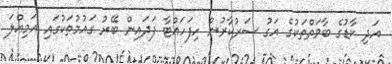
އަދި ކާޑުގެ ބާވަތްތަކުގެ އަގު ސަރުކާރުން ހިފަހައްޓާ ފަދައިން ބޭރު ގައުމުތަކުގައި އަމިއްލަ